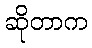
ဆိုတာက